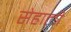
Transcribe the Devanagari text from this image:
सेहाली